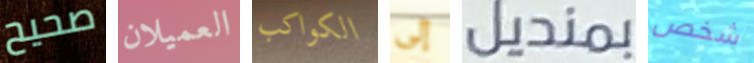
صحيح العميلان الكواكب إلى بمنديل شخص